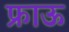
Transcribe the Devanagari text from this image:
फ्राऊ